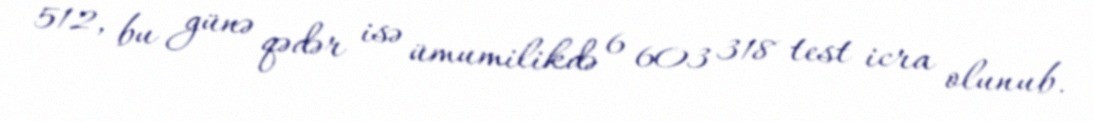
512, bu günə qədər isə ümumilikdə 6 603 318 test icra olunub.